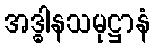
အဒ္ဓါနသမုဋ္ဌာနံ